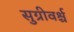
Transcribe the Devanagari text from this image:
सुग्रीवर्श्च